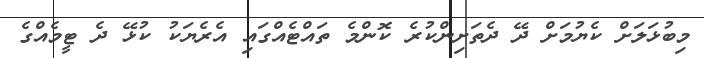
މިބުޅަލަށް ކެޔުމަަށް ދޭ ދެތަށިންކުރެ ކޮންމެ ތައްޓެއްގައި އެރެޔަކު ކުޅޭ ދެ ޓީމެއްގެ